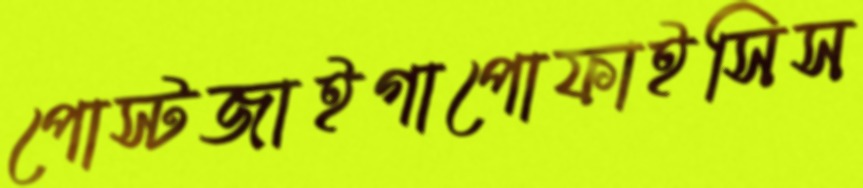
পোস্টজাইগাপোফাইসিস